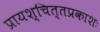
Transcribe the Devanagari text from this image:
प्रायश्चित्तप्रकाशः